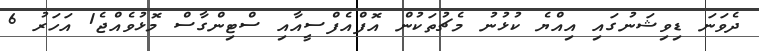
ދެވަނަ ޑިވިޝަނުގައި އިއްޔެ ކުޅުނު މެޗުތަކުން އޮފްއެފްސީއާއި ސްޓިންގާސް މޮޅުވެއްޖެ1 އަހަރު 6